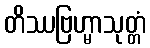
တိဿဗြဟ္မာသုတ္တံ